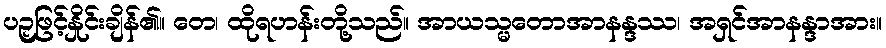
ပဉှဖြင့်နှိုင်းချိန်၏။ တေ၊ ထိုရဟန်းတို့သည်။ အာယသ္မတောအာနန္ဒဿ၊ အရှင်အာနန္ဒာအား။